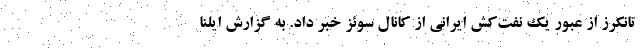
تانکرز از عبور یک نفت‌کش ایرانی از کانال سوئز خبر داد. به گزارش ایلنا